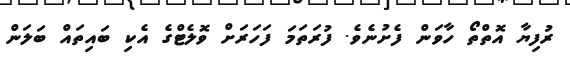
ރުފިޔާ އޮތްތޯ ހާވަން ފެށުނެވެ. ފުރަތަމަ ފަހަރަށް ވޮލެޓްގެ އެކި ބައިތައް ބަލަން